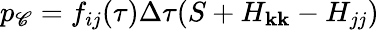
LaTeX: p_{\mathscr{C}}=f_{ij}(\tau)\Delta\tau(S+H_{\mathbf{k}\mathbf{k}}-H_{jj})